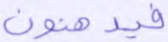
فيدهنون